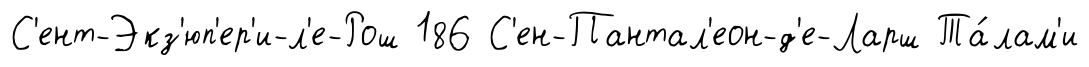
С'ент-Экз'юп'ер'и-л'е-Рош 186 С'ен-Пантал'еон-д'е-Ларш Та́лам'и